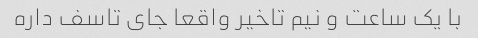
با یک ساعت و نیم تاخیر واقعا جای تاسف داره